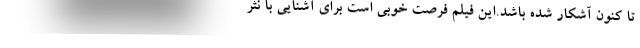
تا کنون آشکار شده باشد.این فیلم فرصت خوبی است برای آشنایی با نثر